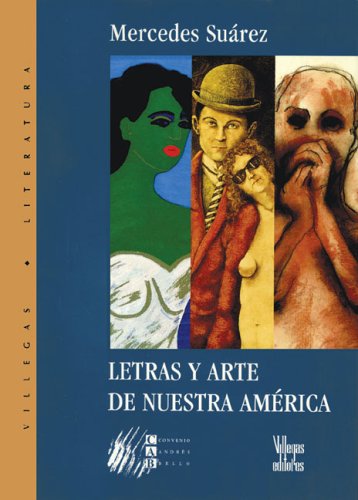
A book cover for Letras y arte de nuestra America; Mercedes Suarez; Arts & Photography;